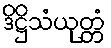
ဒိဋ္ဌိသံယုတ္တံ